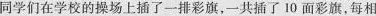
同学们在学校的操场上插了一排彩旗，一共插了10面彩旗，每相